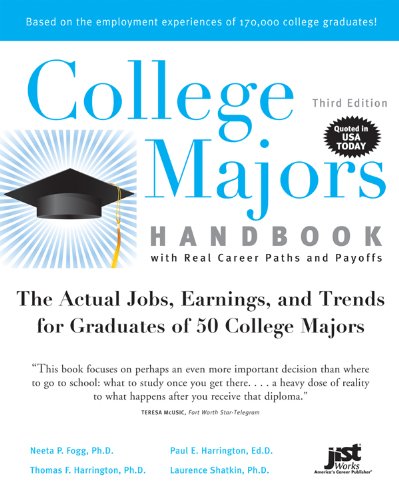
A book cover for College Majors Handbook with Real Career Paths and Payoffs, 3rd Ed; Neeta P Fogg Ph.D.; Education & Teaching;